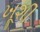
ખૂશી